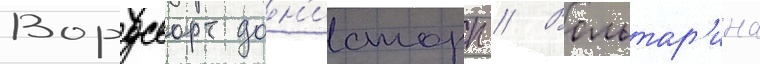
Вордсворт дон'исторп // Вольтар'ина